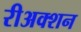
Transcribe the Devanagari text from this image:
रीअक्शन